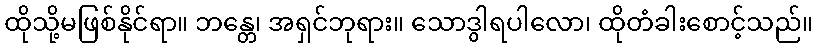
ထိုသို့မဖြစ်နိုင်ရာ။ ဘန္တေ၊ အရှင်ဘုရား။ သောဒွါရပါလော၊ ထိုတံခါးစောင့်သည်။